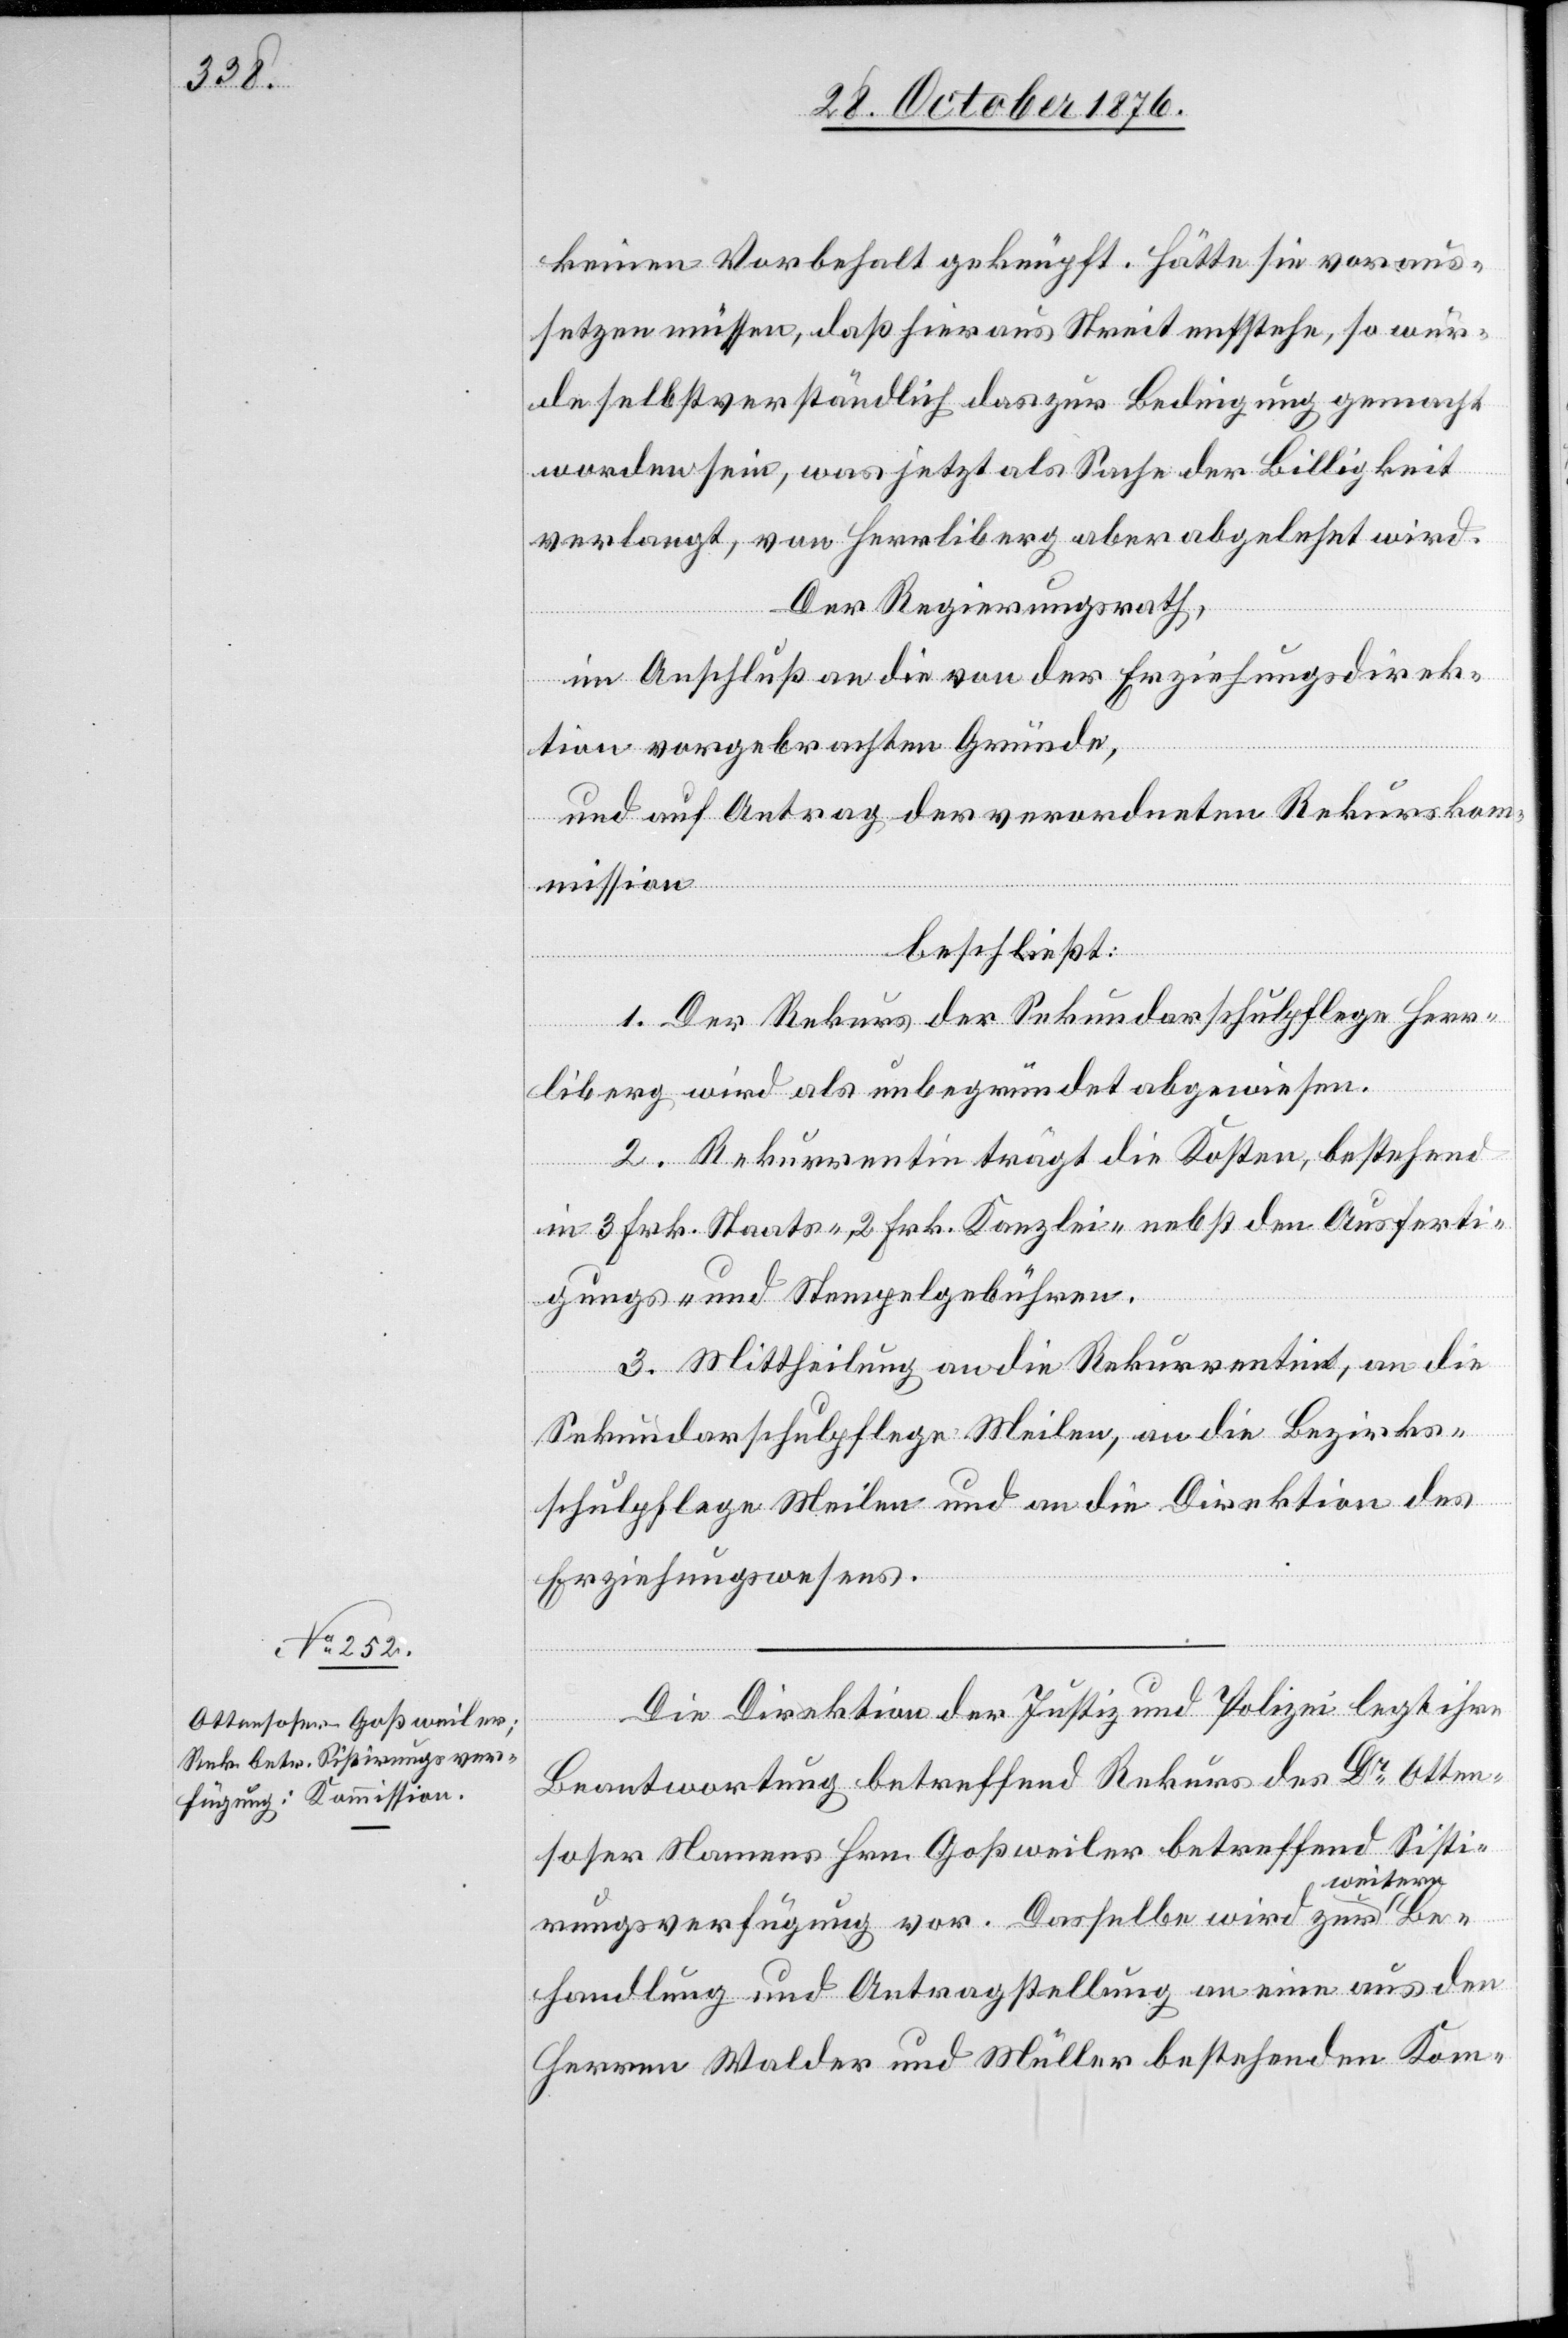
Be¬

keinen Vorbehalt geknüpft. Hätte sie voraus¬
setzen müssen, daß hieraus Streit entstehe, so wür¬
de selbstverständlich das zur Bedingung gemacht
worden sein, was jetzt als Sache der Billigkeit
verlangt, von Herrliberg aber abgelehnt wird.
Der Regierungsrath,
im Anschluß an die von der Erziehungsdirek¬
tion vorgebrachten Gründe,
und auf Antrag der verordneten Rekurskom¬
mission
beschließt:
1. Der Rekurs der Sekundarschulpflege Herr¬
liberg wird als unbegründet abgewiesen.
2. Rekurrentin trägt die Kosten, bestehend
in 3 Frk. Staats- 2 Frk. Kanzlei- nebst den Ausferti¬
gungs- und Stempelgebühren.
3. Mittheilung an die Rekurrentin, an die
Sekundarschulpflege Meilen, an die Bezirks¬
schulpflege Meilen und an die Direktion des
Erziehungswesens.
Die Direktion der Justiz und Polizei legt ihre
Beantwortung betreffend Rekurs des Dr Otten¬
soser Namens Hrn. Goßweiler betreffend Sistie¬
itern
rungsverfügung vor. Dasselbe wird zur we¬
handlung und Antragstellung an eine aus den
Herren Walder und Müller bestehenden Kom-